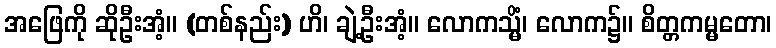
အဖြေကို ဆိုဦးအံ့။ (တစ်နည်း) ဟိ၊ ချဲ့ဦးအံ့။ လောကသ္မိံ၊ လောက၌။ စိတ္တကမ္မတော၊